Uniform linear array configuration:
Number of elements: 24
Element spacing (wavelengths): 1
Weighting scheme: cosine
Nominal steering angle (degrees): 60
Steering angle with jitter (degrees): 61.784
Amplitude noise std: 0.05
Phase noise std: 0.05

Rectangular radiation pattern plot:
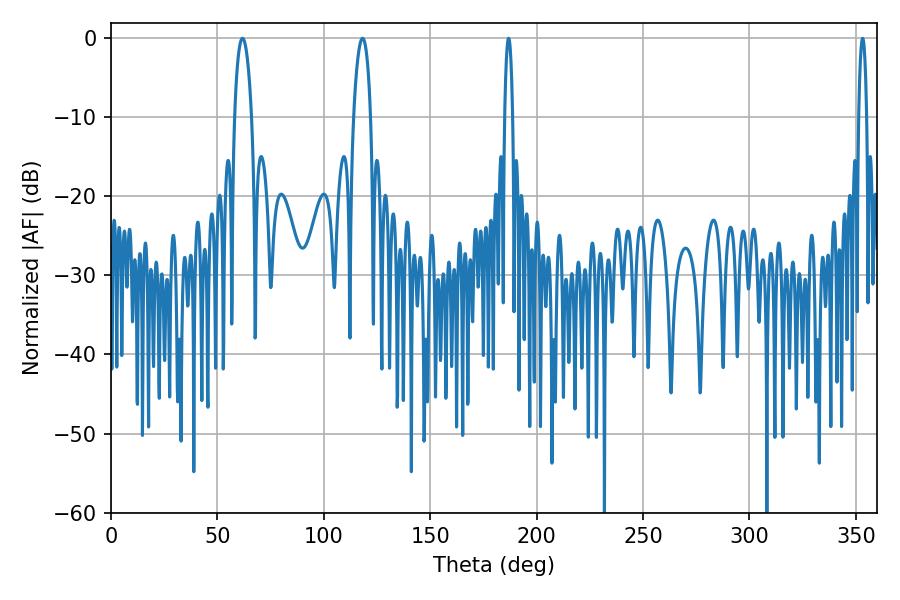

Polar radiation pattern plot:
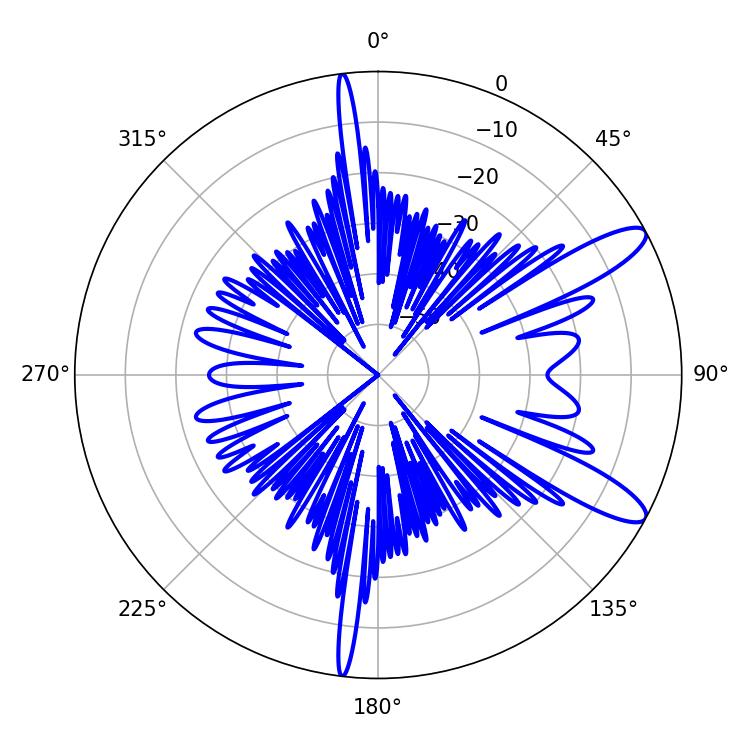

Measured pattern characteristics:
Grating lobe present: TRUE
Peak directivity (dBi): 11.387
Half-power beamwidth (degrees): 2.16
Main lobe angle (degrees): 186.84